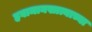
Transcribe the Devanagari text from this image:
हवामानखात्याच्या